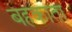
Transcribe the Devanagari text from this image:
बहकाता